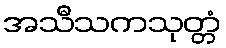
အသီသကသုတ္တံ